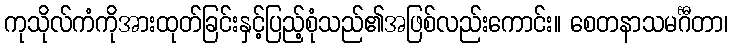
ကုသိုလ်ကံကိုအားထုတ်ခြင်းနှင့်ပြည့်စုံသည်၏အဖြစ်လည်းကောင်း။ စေတနာသမင်္ဂီတာ၊